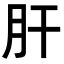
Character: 肝